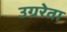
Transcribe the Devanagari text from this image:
उग्ररेता